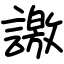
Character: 譤